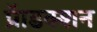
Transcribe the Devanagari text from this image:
प्रॅाडक्शन